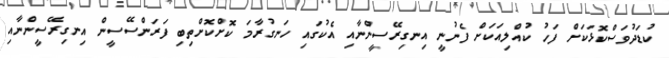
ކުޑަދުވަސްކޮޅަކަށް ފަހު ކުއްލިއަކަށް ފެނުނީ އިނގިރޭސީންނާއި އެކުގައި ހަނގުރާމަ ކޮށްކޮށްތިބި ފަރަންސޭސީން އިނގިރޭސީންނާއި